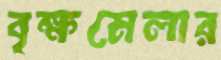
বৃক্ষমেলার